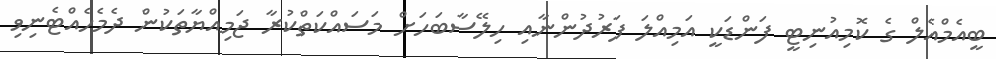
ބީއެމްއެލް ގެ ކޮމިއުނިޓީ ފަންޑަކީ އަމިއްލަ ފަރުދުންނާއި ހިލޭސާބަހަށް މަސައްކަތްކުރާ ޖަމިއްޔާތަކުން ދެމެހެއްޓެނިވި